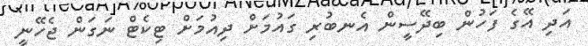
އަދި އޭގެ ފަހުން ބިދޭސީން އެނބުރި ގައުމަށް ދިއުމަށް ޓިކެޓް ނަގަން ޖެހޭނީ